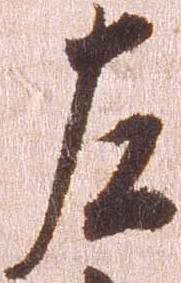
左